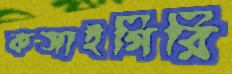
কসাইগিরি